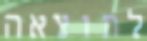
לתוצאה